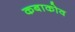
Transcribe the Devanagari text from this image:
कबाकोव